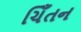
ચિઁતન